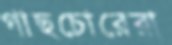
গাছচোরেরা